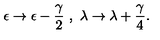
\epsilon \rightarrow \epsilon - \frac { \gamma } { 2 } \ , \ \lambda \rightarrow \lambda + \frac { \gamma } { 4 } .